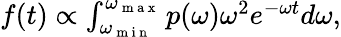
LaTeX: \begin{array}{r}{f(t)\propto\int_{\omega_{\mathrm{~m~i~n~}}}^{\omega_{\mathrm{~m~a~x~}}}p(\omega)\omega^{2}e^{-\omega t}d\omega,}\end{array}